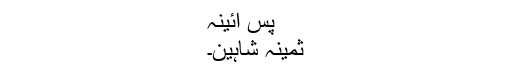
پس آئینہ
ثمینہ شاہین۔